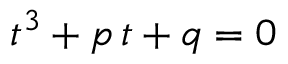
t ^ { 3 } + p \, t + q = 0